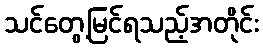
သင်တွေ့မြင်ရသည့်အတိုင်း